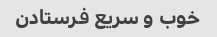
خوب و سریع فرستادن